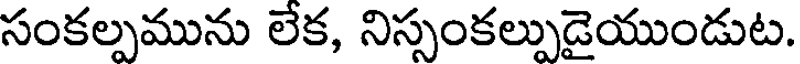
సంకల్పమును లేక, నిస్సంకల్పుడైయుండుట.